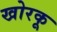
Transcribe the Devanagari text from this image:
खोरकू